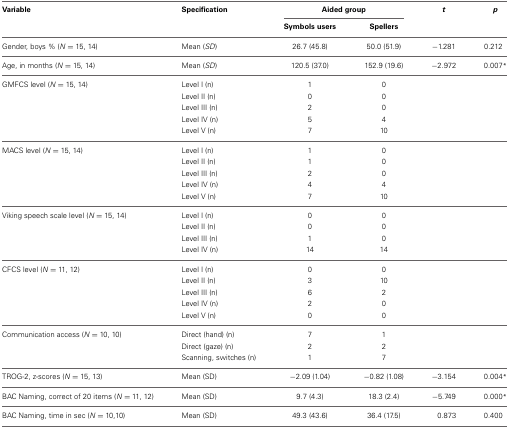
<table><thead><tr><td><b>Variable</b></td><td><b>Specification</b></td><td colspan="2"><b>Aided group</b></td><td><b><i>t</i></b></td><td><b><i>p</i></b></td></tr><tr><td></td><td></td><td><b>Symbols users</b></td><td><b>Spellers</b></td><td></td><td></td></tr></thead><tbody><tr><td>Gender, boys % (<i>N</i> = 15, 14)</td><td>Mean (<i>SD</i>)</td><td>26.7 (45.8)</td><td>50.0 (51.9)</td><td>−1.281</td><td>0.212</td></tr><tr><td>Age, in months (<i>N</i> = 15, 14)</td><td>Mean (<i>SD</i>)</td><td>120.5 (37.0)</td><td>152.9 (19.6)</td><td>−2.972</td><td>0.007<sup>*</sup></td></tr><tr><td>GMFCS level (<i>N</i> = 15, 14)</td><td>Level I (n)</td><td>1</td><td>0</td><td></td><td></td></tr><tr><td></td><td>Level II (n)</td><td>0</td><td>0</td><td></td><td></td></tr><tr><td></td><td>Level III (n)</td><td>2</td><td>0</td><td></td><td></td></tr><tr><td></td><td>Level IV (n)</td><td>5</td><td>4</td><td></td><td></td></tr><tr><td></td><td>Level V (n)</td><td>7</td><td>10</td><td></td><td></td></tr><tr><td>MACS level (<i>N</i> = 15, 14)</td><td>Level I (n)</td><td>1</td><td>0</td><td></td><td></td></tr><tr><td></td><td>Level II (n)</td><td>1</td><td>0</td><td></td><td></td></tr><tr><td></td><td>Level III (n)</td><td>2</td><td>0</td><td></td><td></td></tr><tr><td></td><td>Level IV (n)</td><td>4</td><td>4</td><td></td><td></td></tr><tr><td></td><td>Level V (n)</td><td>7</td><td>10</td><td></td><td></td></tr><tr><td>Viking speech scale level (<i>N</i> = 15, 14)</td><td>Level I (n)</td><td>0</td><td>0</td><td></td><td></td></tr><tr><td></td><td>Level II (n)</td><td>0</td><td>0</td><td></td><td></td></tr><tr><td></td><td>Level III (n)</td><td>1</td><td>0</td><td></td><td></td></tr><tr><td></td><td>Level IV (n)</td><td>14</td><td>14</td><td></td><td></td></tr><tr><td>CFCS level (<i>N</i> = 11, 12)</td><td>Level I (n)</td><td>0</td><td>0</td><td></td><td></td></tr><tr><td></td><td>Level II (n)</td><td>3</td><td>10</td><td></td><td></td></tr><tr><td></td><td>Level III (n)</td><td>6</td><td>2</td><td></td><td></td></tr><tr><td></td><td>Level IV (n)</td><td>2</td><td>0</td><td></td><td></td></tr><tr><td></td><td>Level V (n)</td><td>0</td><td>0</td><td></td><td></td></tr><tr><td>Communication access (<i>N</i> = 10, 10)</td><td>Direct (hand) (n)</td><td>7</td><td>1</td><td></td><td></td></tr><tr><td></td><td>Direct (gaze) (n)</td><td>2</td><td>2</td><td></td><td></td></tr><tr><td></td><td>Scanning, switches (n)</td><td>1</td><td>7</td><td></td><td></td></tr><tr><td>TROG-2, z-scores (<i>N</i> = 15, 13)</td><td>Mean (SD)</td><td>−2.09 (1.04)</td><td>−0.82 (1.08)</td><td>−3.154</td><td>0.004<sup>*</sup></td></tr><tr><td>BAC Naming, correct of 20 items (<i>N</i> = 11, 12)</td><td>Mean (SD)</td><td>9.7 (4.3)</td><td>18.3 (2.4)</td><td>−5.749</td><td>0.000<sup>*</sup></td></tr><tr><td>BAC Naming, time in sec (<i>N</i> = 10,10)</td><td>Mean (SD)</td><td>49.3 (43.6)</td><td>36.4 (17.5)</td><td>0.873</td><td>0.400</td></tr></tbody></table>